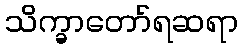
သိက္ခာတော်ရဆရာ